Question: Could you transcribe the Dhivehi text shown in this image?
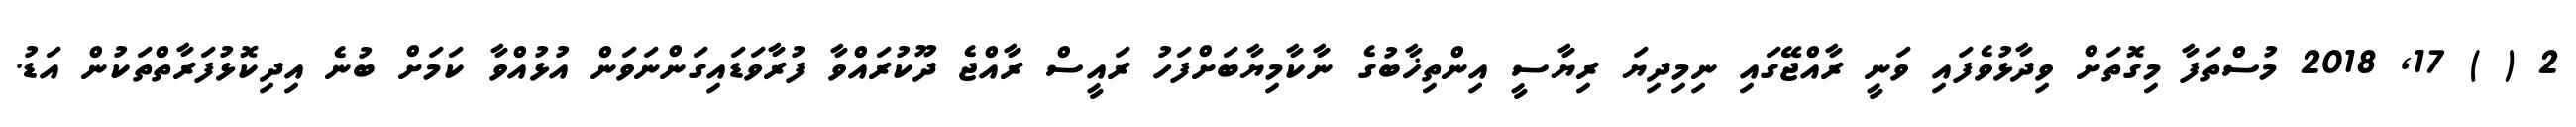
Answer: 2 ( ) 17, 2018 މުސްތަފާ މިގޮތަށް ވިދާޅުވެފައި ވަނީ ރާއްޖޭގައި ނިމިދިޔަ ރިޔާސީ އިންތިޚާބުގެ ނާކާމިޔާބަށްފަހު ރައީސް ރާއްޖެ ދޫކުރައްވާ ފުރާވަޑައިގަންނަވަން އުޅުއްވާ ކަމަށް ބުނެ އިދިކޮޅުފަރާތްތަކުން އަޑު.